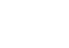
ဖြစ်မှာ